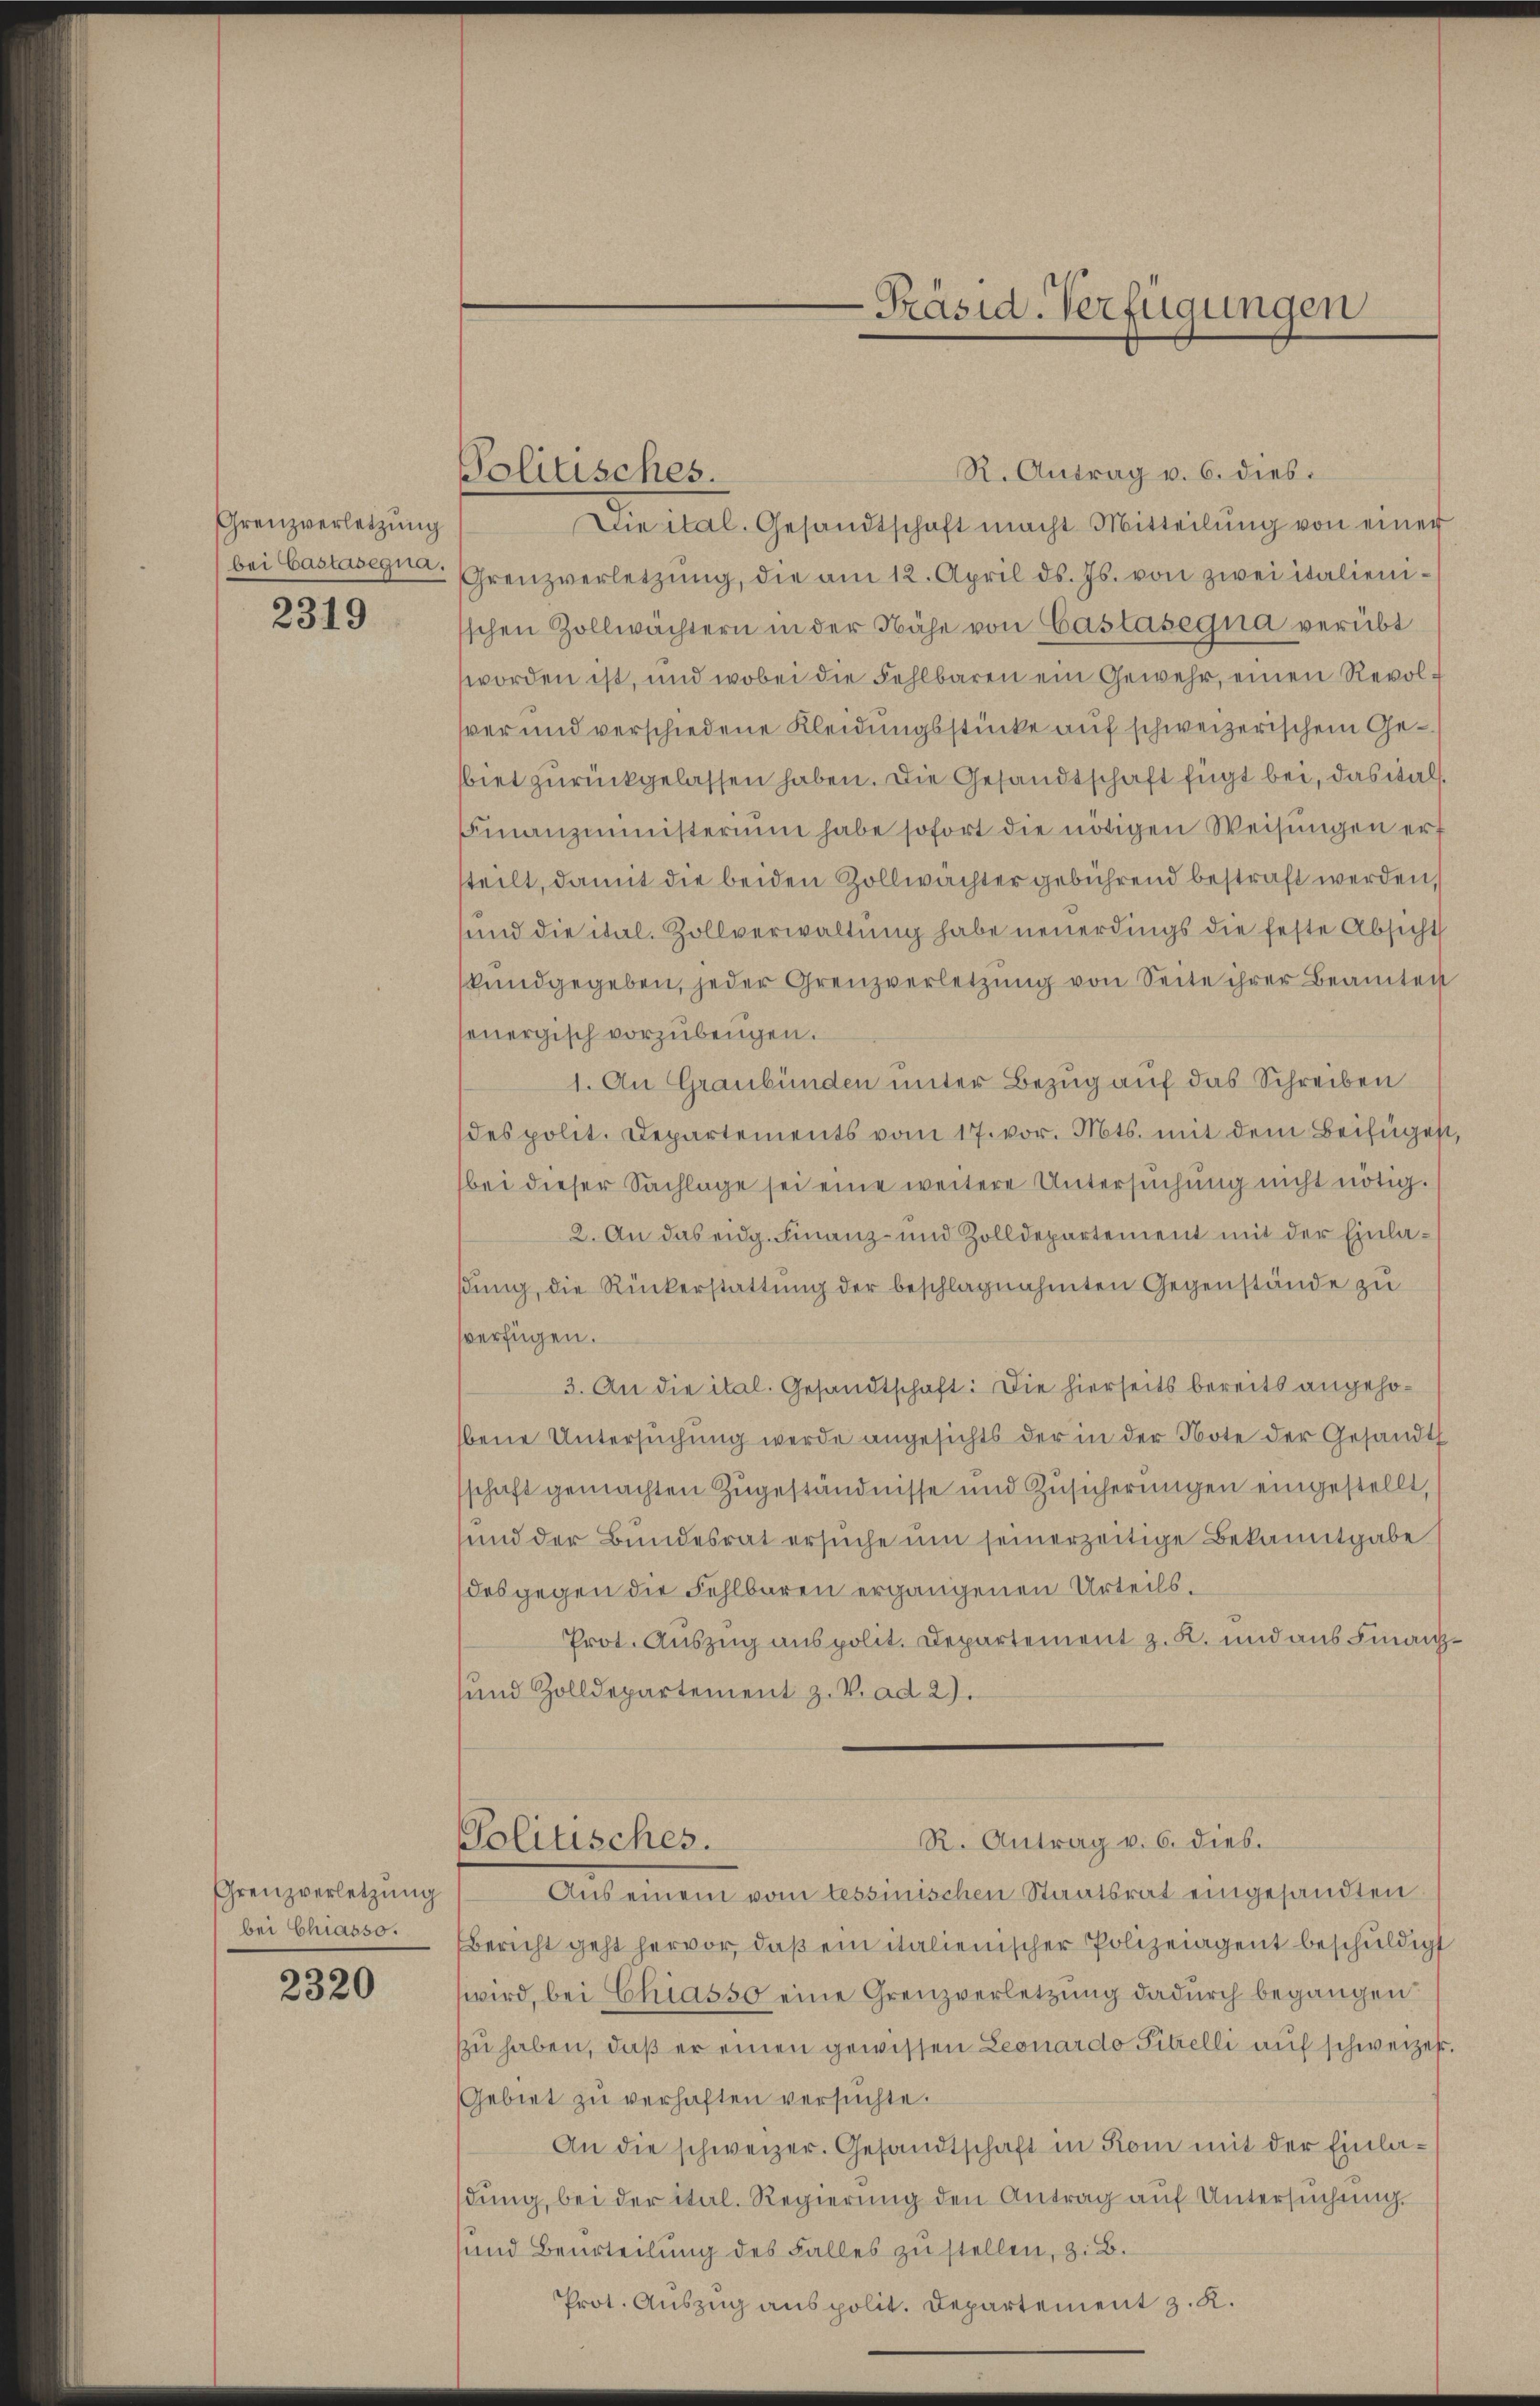
Grenzverletzung
bei Castasegua.

2319

Grenzverletzung
bei Chiasso.

2320

Politisches.

R. Antrag v. 6. dies.
Die ital. Gesandtschaft macht Mitteilŭng von einer
Grenzverletzŭng, die am 12. April ds. Js. von zwei italienischen Zollwächtern in der Nähe von Castasegua verübt
worden ist, und wobei die Fehlbaren ein Gewehr, einen Revolver und verschiedene Kleidungsstücke auf schweizerischem Gebiet zurückgelassen haben. Die Gesandtschaft fügt bei, das wal¬
Finanzministerium habe sofort die nötigen Weisŭngen erf
steilt, damit die beiden Zollwächter gebührend bestraft werden,
und die ital. Zollverwaltung habe neuerdings die feste Absicht
kundgegeben, jeder Grenzverletzŭng von Seite ihrer Beamtei
onergisch vorzubeugen.
1. An Graubünden unter Bezug auf das Schreiben
des polit. Departements vom 17. vor. Mts. mit dem Beifüges
bei dieser Sachlage sei eine weitere Untersuchung nicht nötig.
2. An das eidg. Finanz- und Zolldepartement mit der Einladung, die Rückerstattung der beschlagnahmten Gegenstände zu
sverfügen.
3. An die ital. Gesandtschaft: Die hierseits bereits angehobene Untersuchung werde angesichts der in der Note der Gesandt
schaft gemachten Zugeständnisse und Zusicherungen eingestellt,
und der Bundesrat ersuche um seinerzeitige Bekanntgabe
des gegen die Fehlbaren ergangenen Urteils¬
Prot. Auszug aus polit. Departement z. R. und aus Finanz
und Zolldepartement z. V. ad 2).
Politisches.
R. Antrag v. 6. dies.
Aus einem vom tessinischen Staatsrat eingesandten
Bericht geht hervor, daß ein italienischer Polizeiagent beschuldigt
wird, bei Chiasso eine Grenzverletzung dadurch begangen
zu haben, daß er einen gewissen Leonardo Sitzelli auf schweizer
Gebiet zu verhaften versuchte.
An die schweizer. Gesandtschaft in Rom mit der Einladŭng, bei der ital. Regierŭng den Antrag auf Untersŭchŭng.
und Beurteilung des Falles zu stellen, z. B.
Prot. Auszug aus polit. Departement z. K.

Präsid-Verfügungen